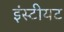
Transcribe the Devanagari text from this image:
इंस्टीयट